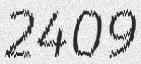
2409